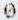
0